Malaria in the Duars
Disease focus: Malaria
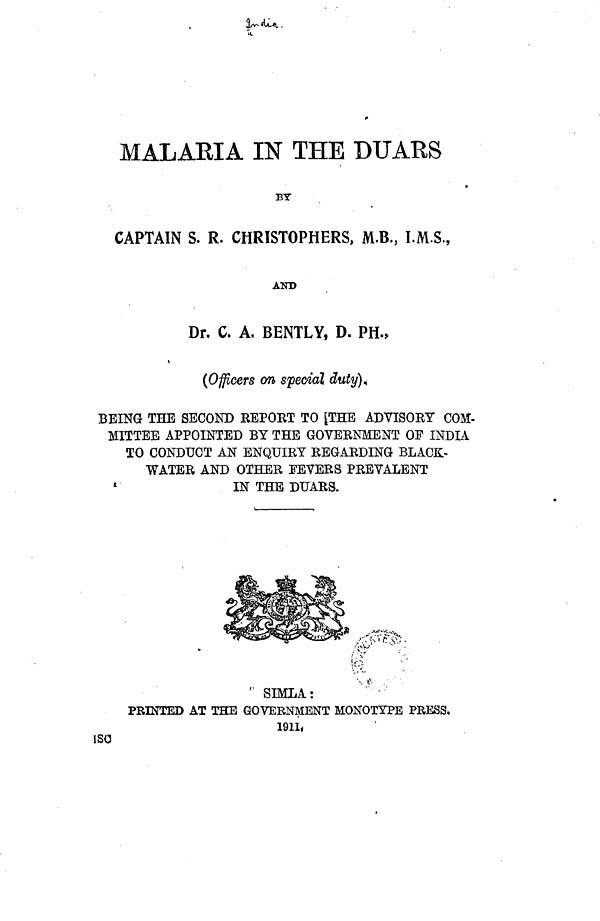
MALARIA IN THE DUARS
BY
CAPTAIN S. R. CHRISTOPHERS, M.B., I.M.S.,
AND
Dr. C. A, BENTLY, D. PH.,
(Officers on special duty).
BEING THE SECOND REPORT TO [THE ADVISORY COM-
MITTEE APPOINTED BY THE GOVERNMENT OF INDIA
TO CONDUCT AN ENQUIRY REGARDING BLACK-
WATER AND OTHER FEVERS PREVALENT
IN THE DUARS.
SIMLA:
PRINTED AT THE GOVERNMENT MONOTYPE PRESS.
1911.
ISO